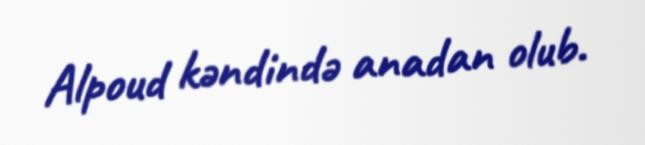
Alpoud kəndində anadan olub.